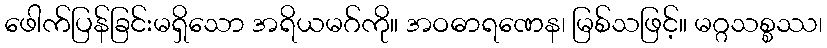
ဖေါက်ပြန်ခြင်းမရှိသော အရိယမဂ်ကို။ အဝဓာရဏေန၊ မြစ်သဖြင့်။ မဂ္ဂသစ္စဿ၊